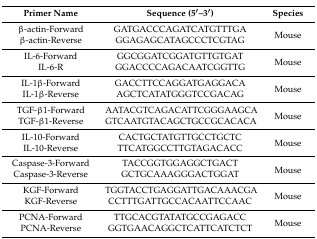
<table><thead><tr><td><b>Primer Name</b></td><td><b>Sequence (5′–3′)</b></td><td><b>Species</b></td></tr></thead><tbody><tr><td>β-actin-Forward</td><td>GATGACCCAGATCATGTTTGA</td><td rowspan="2">Mouse</td></tr><tr><td>β-actin-Reverse</td><td>GGAGAGCATAGCCCTCGTAG</td></tr><tr><td>IL-6-Forward</td><td>GGCGGATCGGATGTTGTGAT</td><td rowspan="2">Mouse</td></tr><tr><td>IL-6-R</td><td>GGACCCCAGACAATCGGTTG</td></tr><tr><td>IL-1β-Forward</td><td>GACCTTCCAGGATGAGGACA</td><td rowspan="2">Mouse</td></tr><tr><td>IL-1β-Reverse</td><td>AGCTCATATGGGTCCGACAG</td></tr><tr><td>TGF-β1-Forward</td><td>AATACGTCAGACATTCGGGAAGCA</td><td rowspan="2">Mouse</td></tr><tr><td>TGF-β1-Reverse</td><td>GTCAATGTACAGCTGCCGCACACA</td></tr><tr><td>IL-10-Forward</td><td>CACTGCTATGTTGCCTGCTC</td><td rowspan="2">Mouse</td></tr><tr><td>IL-10-Reverse</td><td>TTCATGGCCTTGTAGACACC</td></tr><tr><td>Caspase-3-Forward</td><td>TACCGGTGGAGGCTGACT</td><td rowspan="2">Mouse</td></tr><tr><td>Caspase-3-Reverse</td><td>GCTGCAAAGGGACTGGAT</td></tr><tr><td>KGF-Forward</td><td>TGGTACCTGAGGATTGACAAACGA</td><td rowspan="2">Mouse</td></tr><tr><td>KGF-Reverse</td><td>CCTTTGATTGCCACAATTCCAAC</td></tr><tr><td>PCNA-Forward</td><td>TTGCACGTATATGCCGAGACC</td><td rowspan="2">Mouse</td></tr><tr><td>PCNA-Reverse</td><td>GGTGAACAGGCTCATTCATCTCT</td></tr></tbody></table>